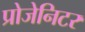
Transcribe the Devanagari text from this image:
प्रोजेनिटर